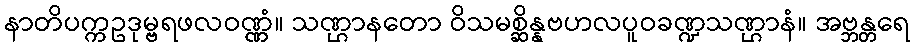
နာတိပက္ကဥဒုမ္ဗရဖလဝဏ္ဏံ။ သဏ္ဌာနတော ဝိသမစ္ဆိန္နဗဟလပူဝခဏ္ဍသဏ္ဌာနံ။ အဗ္ဘန္တရေ